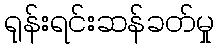
ရုန်းရင်းဆန်ခတ်မှု